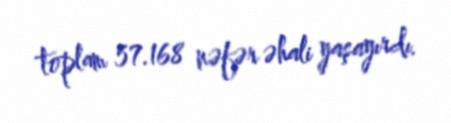
toplam 57.168 nəfər əhali yaşayırdı.